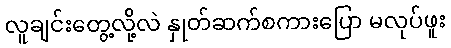
လူချင်းတွေ့လို့လဲ နှုတ်ဆက်စကားပြော မလုပ်ဖူး